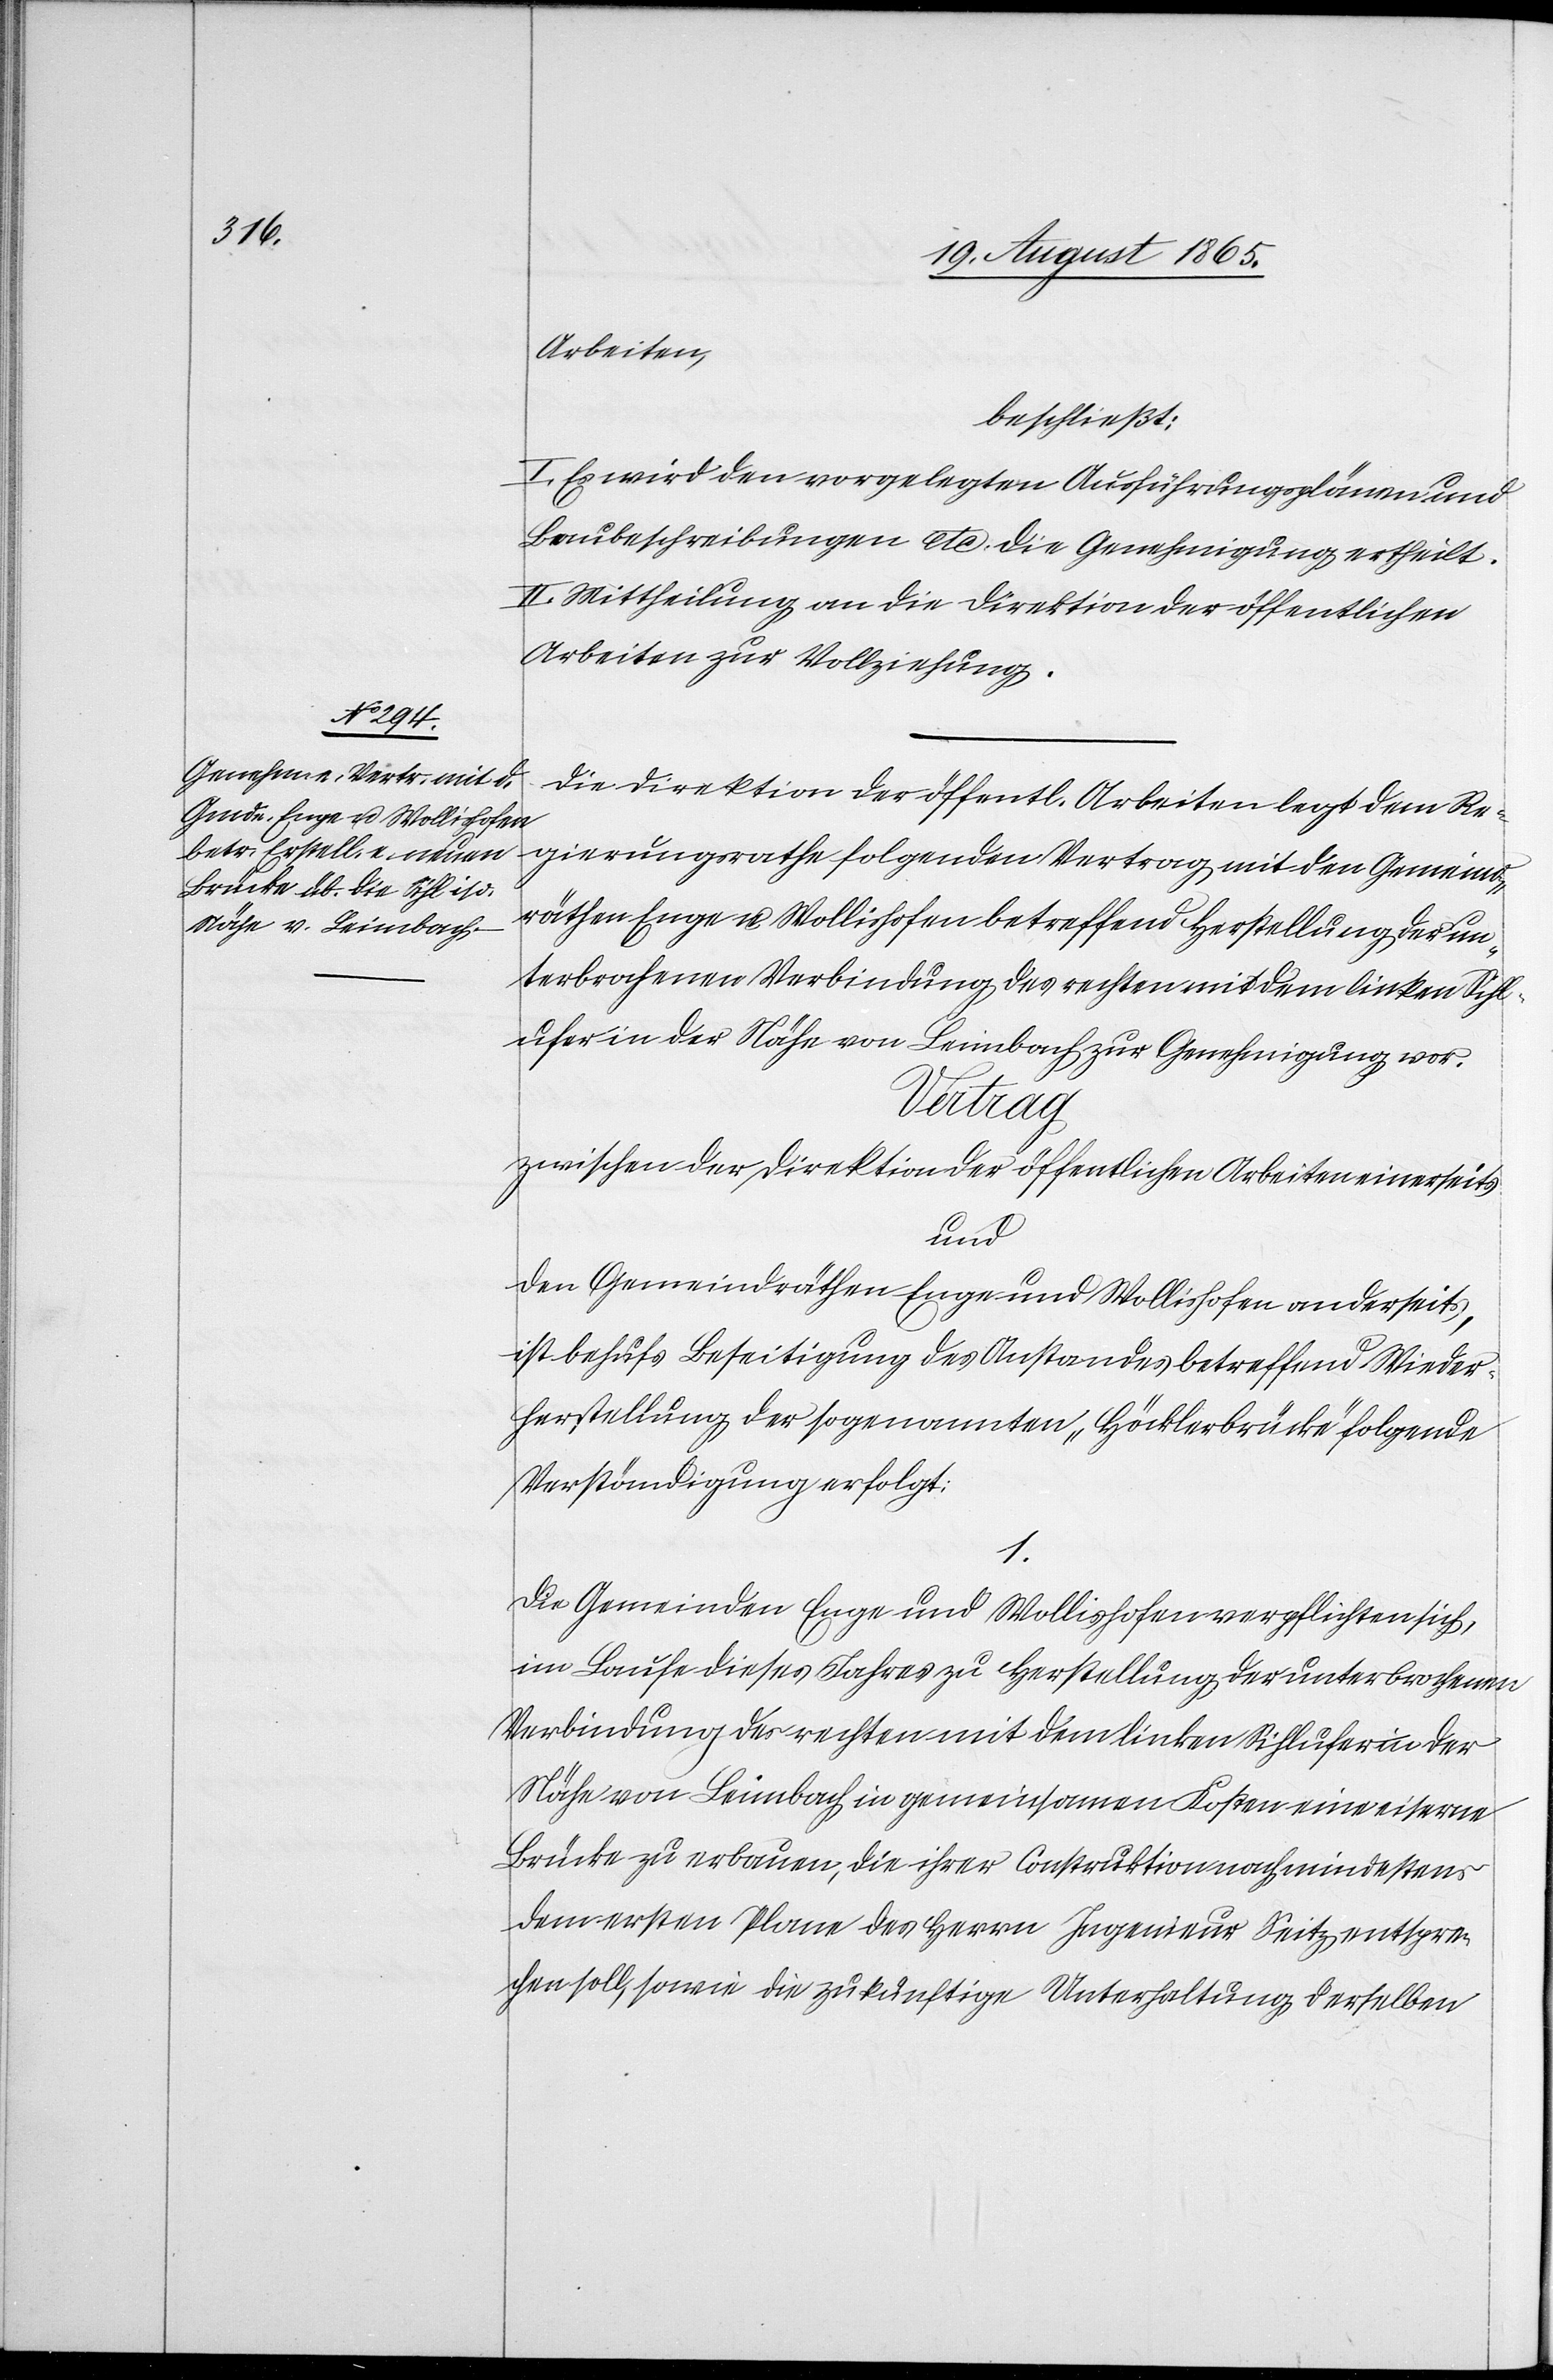
Arbeiten,
beschließt:
I. Es wird den vorgelegten Ausführungsplänen und
Baubeschreibungen etc. die Genehmigung ertheilt.
II. Mittheilung an die Direktion der öffentlichen
Arbeiten zur Vollziehung.
Die Direktion der öffentl. Arbeiten legt dem Re¬
gierungsrathe folgenden Vertrag mit den Gemeind¬
räthen Enge u. Wollishofen betreffend Herstellung der un¬
terbrochenen Verbindung des rechten mit dem linken Sihl¬
ufer in der Nähe von Leimbach zur Genehmigung vor.
Vertrag
zwischen der Direktion der öffentlichen Arbeiten einerseits
und
den Gemeindräthen Enge und Wollishofen anderseits,
ist behufs Beseitigung des Anstandes betreffend Wieder¬
herstellung der sogenannten „Höcklerbrücke“ folgende
Verständigung erfolgt:
1.
Die Gemeinden Enge und Wollishofen verpflichten sich,
im Laufe dieses Jahres zu Herstellung der unterbrochenen
Verbindung des rechten mit dem linken Sihlufer in der
Nähe von Leimbach in gemeinsamen Kosten eine eiserne
Brücke zu erbauen, die ihrer Construktion nach mindestens
dem ersten Plane des Herrn Ingenieur Seitz entspre¬
chen soll, sowie die zukünftige Unterhaltung derselben